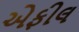
એફીલ